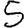
Digit: 5